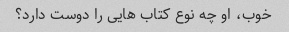
خوب، او چه نوع کتاب هایی را دوست دارد؟